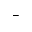
^ -